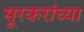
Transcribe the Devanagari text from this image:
सूरकरांच्या